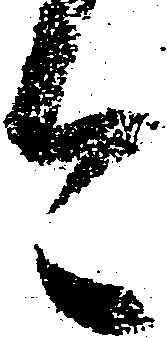
今